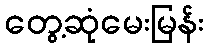
တွေ့ဆုံမေးမြန်း